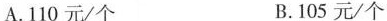
A.110元/个 B.105元/个